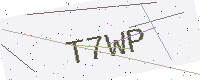
Text: T7WP